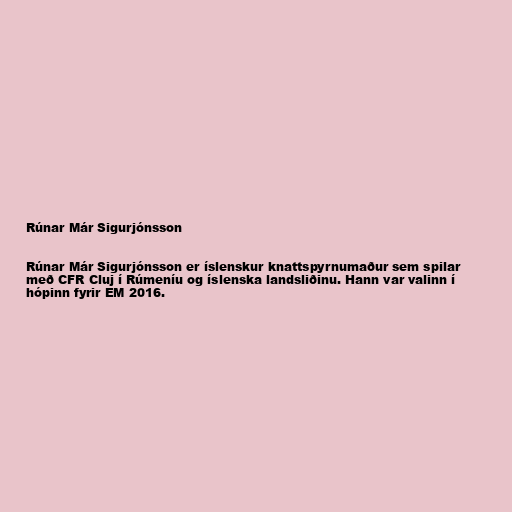
Rúnar Már Sigurjónsson

Rúnar Már Sigurjónsson er íslenskur knattspyrnumaður sem spilar
með CFR Cluj í Rúmeníu og íslenska landsliðinu. Hann var valinn í
hópinn fyrir EM 2016.